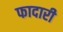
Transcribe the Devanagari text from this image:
फादारी